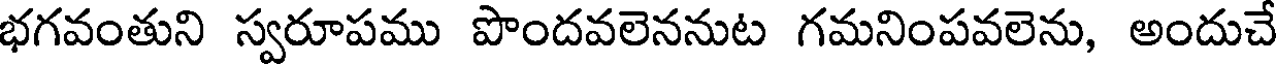
భగవంతుని స్వరూపము పొందవలెననుట గమనింపవలెను, అందుచే